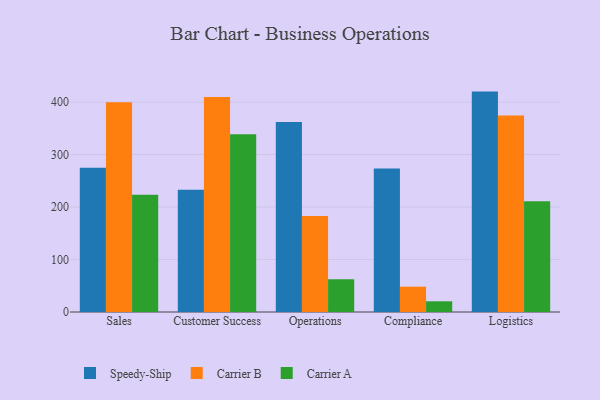
{"axis": {"x": "Department", "y": "Inventory Turnover"}, "legend": ["Carrier A", "Carrier B", "Speedy-Ship"], "data": [{"x": "Sales", "y": 274.6, "type": "Speedy-Ship"}, {"x": "Sales", "y": 399.5, "type": "Carrier B"}, {"x": "Sales", "y": 223.3, "type": "Carrier A"}, {"x": "Customer Success", "y": 233.0, "type": "Speedy-Ship"}, {"x": "Customer Success", "y": 409.4, "type": "Carrier B"}, {"x": "Customer Success", "y": 338.7, "type": "Carrier A"}, {"x": "Operations", "y": 362.1, "type": "Speedy-Ship"}, {"x": "Operations", "y": 182.7, "type": "Carrier B"}, {"x": "Operations", "y": 62.4, "type": "Carrier A"}, {"x": "Compliance", "y": 273.3, "type": "Speedy-Ship"}, {"x": "Compliance", "y": 48.2, "type": "Carrier B"}, {"x": "Compliance", "y": 20.4, "type": "Carrier A"}, {"x": "Logistics", "y": 419.9, "type": "Speedy-Ship"}, {"x": "Logistics", "y": 374.6, "type": "Carrier B"}, {"x": "Logistics", "y": 210.8, "type": "Carrier A"}]}